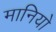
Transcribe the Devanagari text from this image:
मानियो